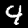
Digit: 4